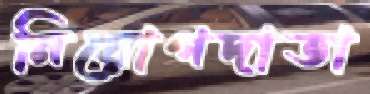
নিয়োগদাতা